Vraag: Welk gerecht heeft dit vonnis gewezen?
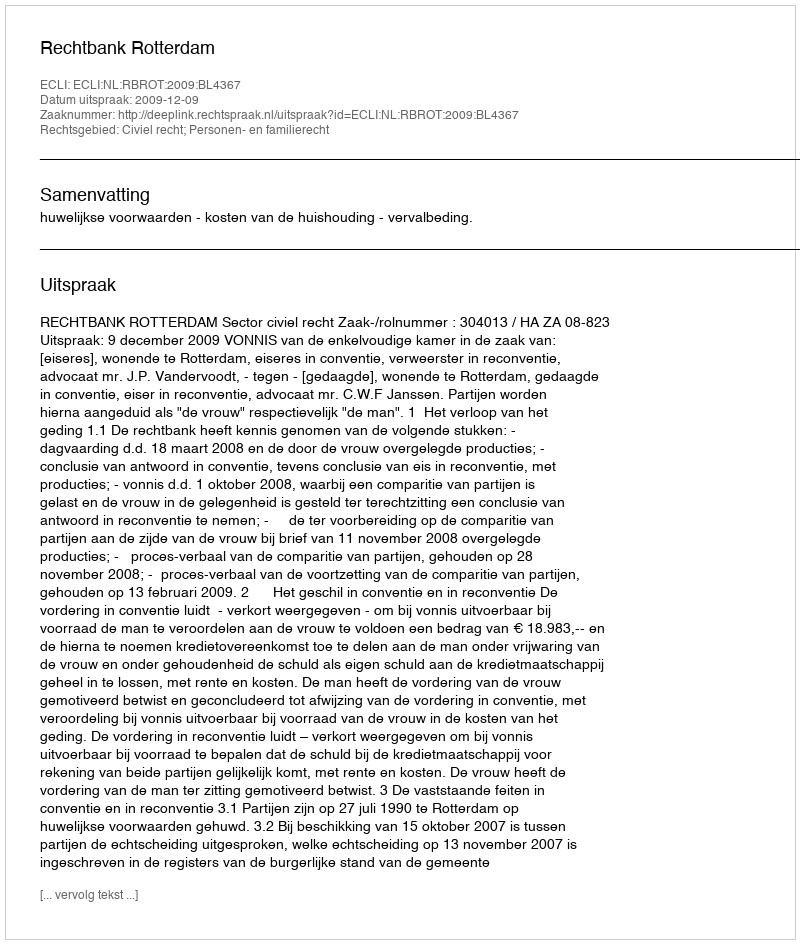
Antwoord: Rechtbank Rotterdam